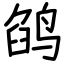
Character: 鹐